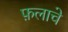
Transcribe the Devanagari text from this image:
फ़लाचे